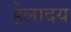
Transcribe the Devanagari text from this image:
हेलादय